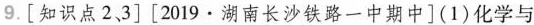
9.[知识点2，3][2019·湖南长沙铁路一中期中](1)化学与